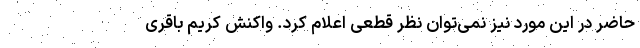
حاضر در این مورد نیز نمی‌توان نظر قطعی اعلام کرد. واکنش کریم باقری